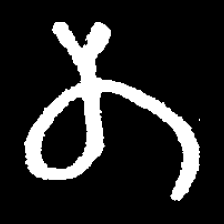
Pyu character \u2014 Myanmar letter: တ (romanized: ta)